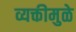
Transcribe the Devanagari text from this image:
व्यक्तीमुळे